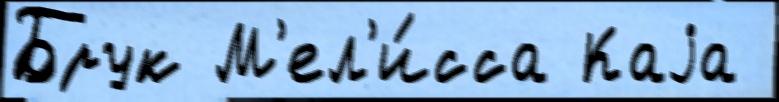
Брук М'ел'и́сса Каjа